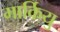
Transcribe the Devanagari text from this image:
मार्कियु